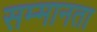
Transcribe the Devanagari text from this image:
सम्मानता